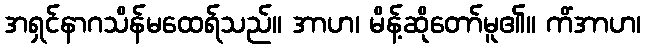
အရှင်နာဂသိန်မထေရ်သည်။ အာဟ၊ မိန့်ဆိုတော်မူ၏။ ကိံအာဟ၊